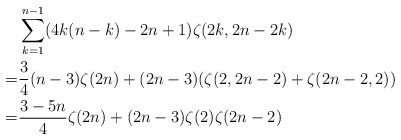
\begin{align*}\ & \sum_{k=1}^{n-1} (4k(n-k)-2n+1)\zeta(2k,2n-2k)\\=& \frac34 (n-3)\zeta(2n)+(2n-3)(\zeta(2,2n-2)+\zeta(2n-2,2)) \\ =& \frac{3-5n}4\zeta(2n)+(2n-3)\zeta(2)\zeta(2n-2)\end{align*}